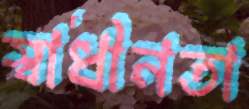
স্বাধীনতা